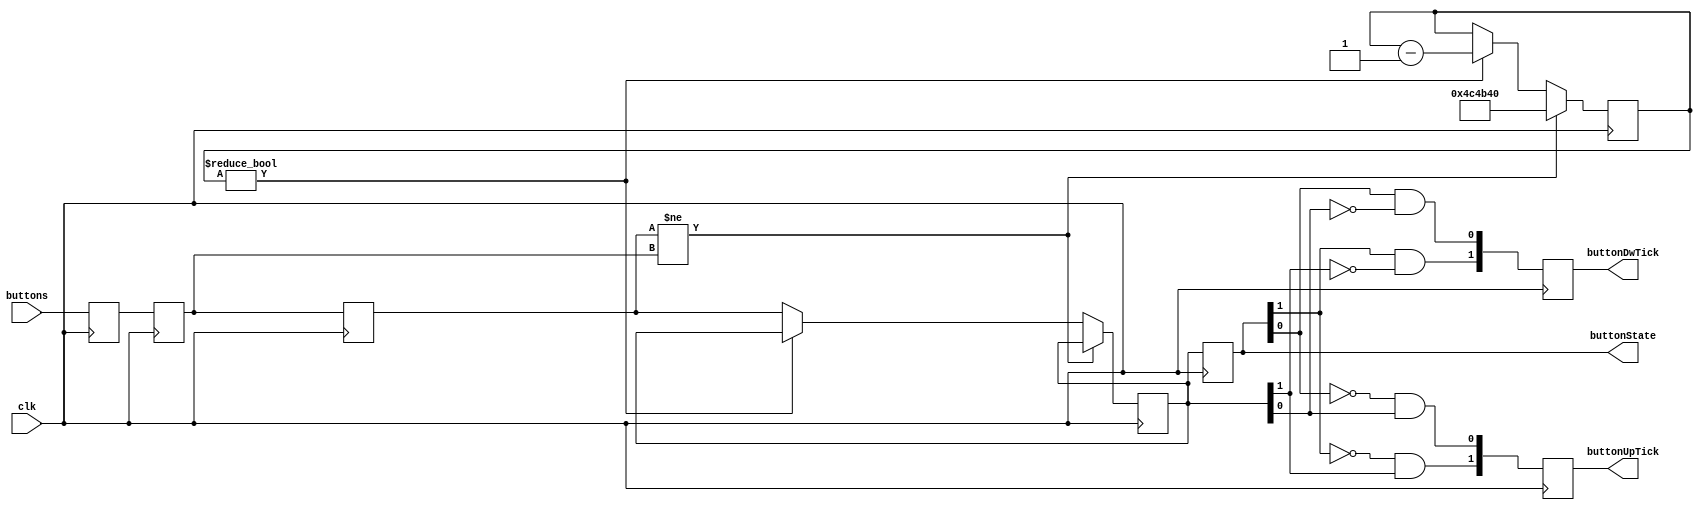
module buttonDebouncer
    #(  
        parameter pDEBOUNCE_PERIOD  = 100_000_000,
        parameter pCLKIN_PERIOD     = 20,
        parameter pARRAY_SIZE       = 2,
        parameter pPOLARITY         = 0)(
  input                                     clk ,
  input       [           pARRAY_SIZE-1:0]  buttons , 
  output      [           pARRAY_SIZE-1:0]  buttonState,
  output  reg [           pARRAY_SIZE-1:0]  buttonUpTick,
  output  reg [           pARRAY_SIZE-1:0]  buttonDwTick
);
  reg [pARRAY_SIZE-1:0] buttonsReg0;
  reg [pARRAY_SIZE-1:0] buttonsReg1;
  reg [pARRAY_SIZE-1:0] buttonsReg2; 
  reg [23:0] debouncer;
  reg [pARRAY_SIZE-1:0] buttonsDebounced;
  reg [pARRAY_SIZE-1:0] buttonsDebouncedReg;
  reg [pARRAY_SIZE-1:0] buttonTck;
  integer I;
  always@(posedge clk)
  begin 
    buttonsReg0 <= buttons;
    buttonsReg1 <= buttonsReg0;
    buttonsReg2 <= buttonsReg1;
    if (buttonsReg2 != buttonsReg1) 
      begin 
        debouncer <= pDEBOUNCE_PERIOD/pCLKIN_PERIOD;
      end 
    else if (debouncer != 0) 
      begin 
        debouncer <= debouncer - 1;
      end
    else begin
      buttonsDebounced <= buttonsReg2;
    end
    buttonsDebouncedReg <= buttonsDebounced;
    for(I = 0; I<pARRAY_SIZE; I = I + 1)
    begin
      if (pPOLARITY==0) begin 
        buttonDwTick[I] <= buttonsDebouncedReg[I] & (~buttonsDebounced[I]);
        buttonUpTick[I] <= ~buttonsDebouncedReg[I] & buttonsDebounced[I];
        end 
      else begin 
        buttonUpTick[I] <= buttonsDebouncedReg[I] & (~buttonsDebounced[I]);
        buttonDwTick[I] <= ~buttonsDebouncedReg[I] & buttonsDebounced[I];
      end 
    end 
  end 
  assign buttonTick   = buttonTck;
  assign buttonState  = buttonsDebouncedReg;
endmodule